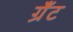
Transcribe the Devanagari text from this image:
ग्रॅंट